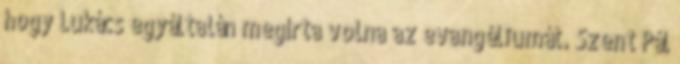
hogy Lukács egyáltalán megírta volna az evangéliumát. Szent Pál